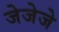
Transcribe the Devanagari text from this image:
जेजेजे